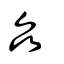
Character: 厽